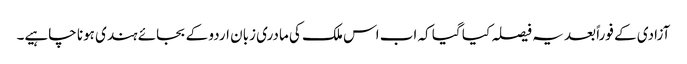
آزادی کے فوراً بعد یہ فیصلہ کیا گیا کہ اب اس ملک کی مادری زبان اردو کے بجائے ہندی ہونا چاہیے۔